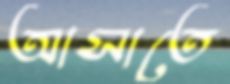
আসাতে